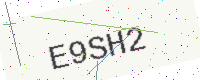
Text: E9SH2